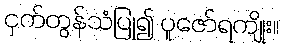
ငှက်တွန်သံပြု၍ ပူဇော်ရကျိုး။